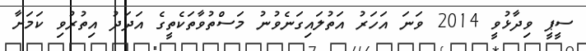
ސީޕީ ވިދާޅުވީ 2014 ވަނަ އަހަރު އަތުލައިގަނެވުނު މަސްތުވާތަކެތީގެ އަދަދު އިތުރުވި ކަމަށާ